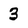
Character: 3